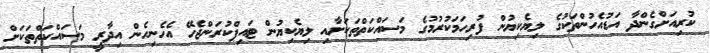
ކުރިއަށްގެންދާ އަޑުއެހުންތަކުގެ ލިޔެކިޔުން ފުރިހަމަކުރުމުގެ މަސައްކަތްތަކަށާއި ލިޔެކިޔުން ޓައިޕްކުރަންޖެހޭ އެހެނިހެން އިދާރީ މަސައްކަތްތަކަށް